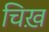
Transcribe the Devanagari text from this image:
चिख़